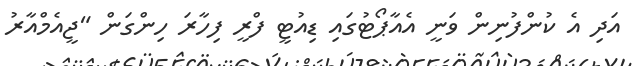
އަދި އެ ކުންފުނިން ވަނީ އެއާޕޯޓުގައި ޑިއުޓީ ފްރީ ފިހާރަ ހިންގަން "ޖީއެމްއާރު